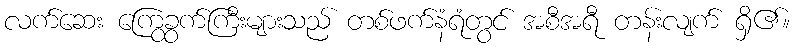
လက်ဆေး ကြွေခွက်ကြီးများသည် တစ်ဖက်နံရံတွင် အစီအရီ တန်းလျက် ရှိ၏။